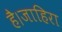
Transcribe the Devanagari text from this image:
है।जाहिरा